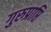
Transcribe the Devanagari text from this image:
गुरुप्राप्ति